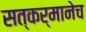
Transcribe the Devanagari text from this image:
सत्कर्मानेच